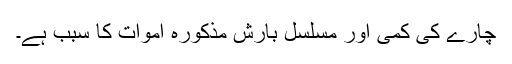
چارے کی کمی اور مسلسل بارش مذکورہ اموات کا سبب ہے۔